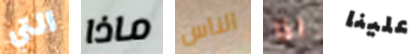
التي ماذا الناس اذا علينا